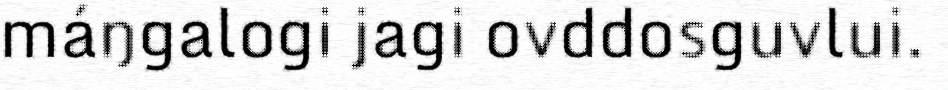
máŋgalogi jagi ovddosguvlui.